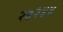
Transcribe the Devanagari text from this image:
२७२४४